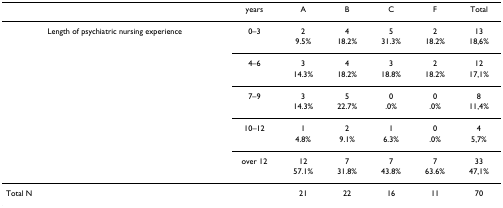
<table><thead><tr><td></td><td><b>years</b></td><td><b>A</b></td><td><b>B</b></td><td><b>C</b></td><td><b>F</b></td><td><b>Total</b></td></tr></thead><tbody><tr><td>Length of psychiatric nursing experience</td><td>0–3</td><td>2</td><td>4</td><td>5</td><td>2</td><td>13</td></tr><tr><td></td><td></td><td>9.5%</td><td>18.2%</td><td>31.3%</td><td>18.2%</td><td>18,6%</td></tr><tr><td></td><td>4–6</td><td>3</td><td>4</td><td>3</td><td>2</td><td>12</td></tr><tr><td></td><td></td><td>14.3%</td><td>18.2%</td><td>18.8%</td><td>18.2%</td><td>17,1%</td></tr><tr><td></td><td>7–9</td><td>3</td><td>5</td><td>0</td><td>0</td><td>8</td></tr><tr><td></td><td></td><td>14.3%</td><td>22.7%</td><td>.0%</td><td>.0%</td><td>11,4%</td></tr><tr><td></td><td>10–12</td><td>1</td><td>2</td><td>1</td><td>0</td><td>4</td></tr><tr><td></td><td></td><td>4.8%</td><td>9.1%</td><td>6.3%</td><td>.0%</td><td>5,7%</td></tr><tr><td></td><td>over 12</td><td>12</td><td>7</td><td>7</td><td>7</td><td>33</td></tr><tr><td></td><td></td><td>57.1%</td><td>31.8%</td><td>43.8%</td><td>63.6%</td><td>47,1%</td></tr><tr><td colspan="2">Total N</td><td>21</td><td>22</td><td>16</td><td>11</td><td>70</td></tr></tbody></table>